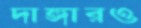
দাঙ্গারও